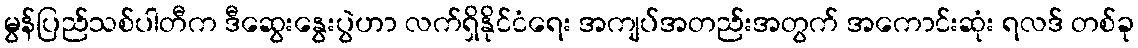
မွန်ပြည်သစ်ပါတီက ဒီဆွေးနွေးပွဲဟာ လက်ရှိနိုင်ငံရေး အကျပ်အတည်းအတွက် အကောင်းဆုံး ရလဒ် တစ်ခု